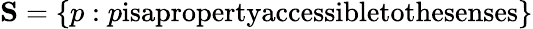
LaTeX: \textbf{S}=\{ p:p\textnormal{isapropertyaccessibletothesenses}\}